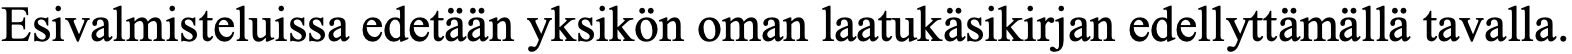
Esivalmisteluissa edetään yksikön oman laatukäsikirjan edellyttämällä tavalla.